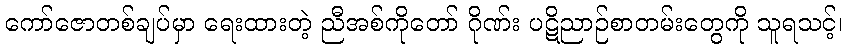
ကော်ဇောတစ်ချပ်မှာ ရေးထားတဲ့ ညီအစ်ကိုတော် ဂိုဏ်း ပဋိညာဉ်စာတမ်းတွေကို သူရသင့်၊